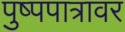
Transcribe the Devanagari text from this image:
पुष्पपात्रावर